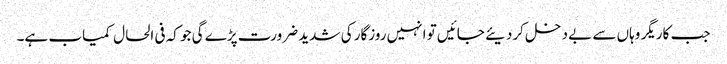
جب کاریگر وہاں سے بے دخل کردیئے جائیں تو انہیں روزگار کی شدید ضرورت پڑے گی جو کہ فی الحال کمیاب ہے۔